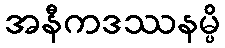
အနီကဒဿနမ္ပိ